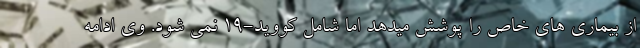
از بیماری های خاص را پوشش میدهد اما شامل کووید-19 نمی شود. وی ادامه